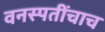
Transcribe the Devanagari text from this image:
वनस्पतींचाच